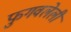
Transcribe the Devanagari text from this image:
फुगवलेली